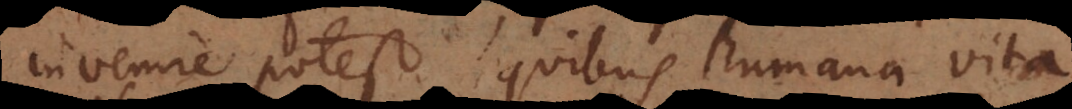
invenire potest quibus humana vita